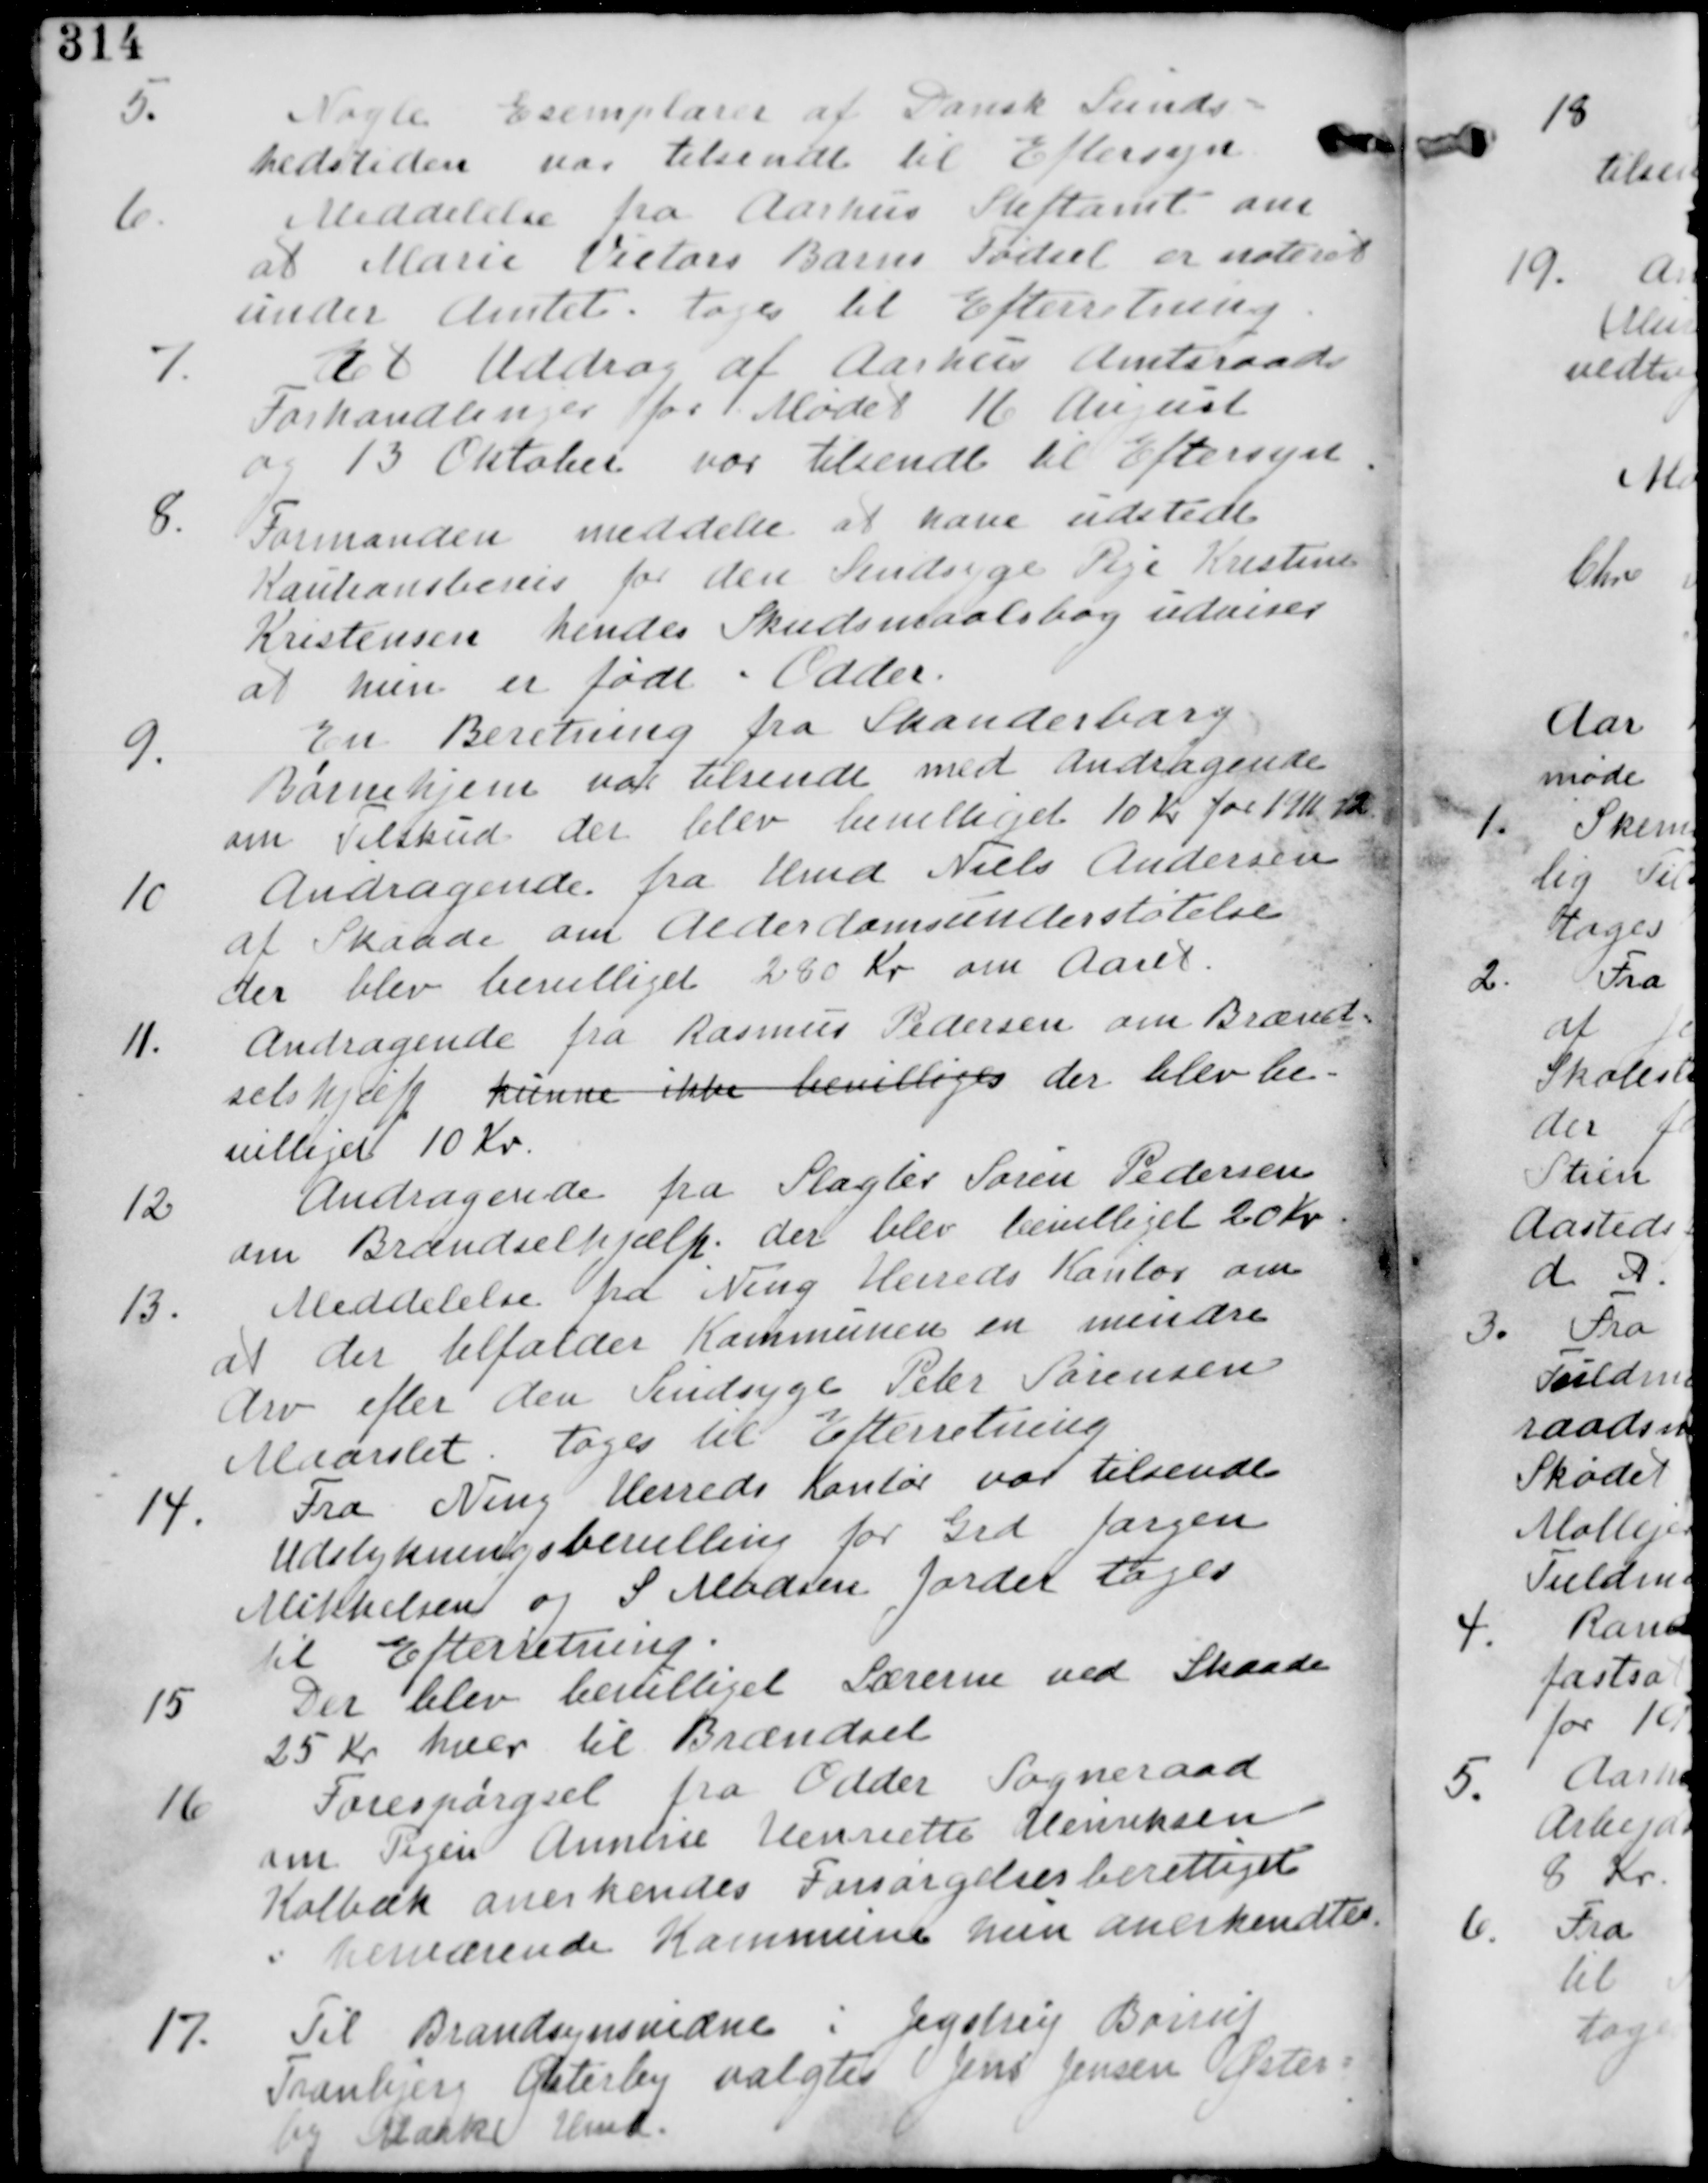
Transskription:
5. Nogle Eksemplarer af Dansk Sundheds
tidende var tilsendt til Eftersyn

6. Meddelelse fra Aarhus Stiftamt om
at Marie Victors Barns Fødsel er noteret
under Amtet tages til efterretning.

7. Et Uddrag af Aarhus Amtsraads
Forhandlinger for Mødet 16. August
og 13 Oktober var tilsendt til Eftersyn.

8. Formanden meddelte at have udstedt
Kautionsbevis for den Sindsyge Pige Kristine
Kristensen hendes Skudsmaalsbog udviser
at hun er født i Odder.

9. En Beretning fra Skanderborg
Børnehjem var tilsendt med Andragende
om Tilskud der blev bevilliget 10 Kr for 1911-12.

10. Andragende fra Hmd Niels Andersen
af Skaade om Alderdomsunderstøttelse
der blev bevilliget 280 kr om Aaret.

11. Andragende fra Rasmus Pedersen om Brænd=
selshjælp kunne ikke bevilliges der blev be-
villiget 10 Kr.

12 Andragende fra Plægler Søren Pedersen
om Brændselshjælp. der blev bevilliget 20 Kr.

13. Meddelelse fra Ning Herreds Kontor om
at der tilfalder Kommunen en mindre
Arv efter den Sindsyge Peter Sørensen
Maarslet. toges til Efterretning

14. Fra Ning Herreds Kontor var tilsendt
Udstykningsbevilling for Grd Jørgen
Mikkelsen og S Madsen Jorder toges
Efterretningtil

15. Der blev bevilliget Lærerne ved Skaade
25 Kr hver til Brændsel

16 Forespørgsel fra Odder Sogneraad
om Pigen Annelise Henriette Henriksen
Kolbæk anerkendes Forsørgelseberettiget
i herværende Kommune hun anerkendtes.

17. Til Brandsynsvidne i Jegstrup Børup
Tranbjerg Østerby valgtes Jens Jensen Øster=
by Mark Hmd.